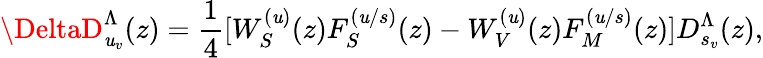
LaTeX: \DeltaD_{\mathit{u}_{v}}^{\Lambda}(z)=\frac{1}{4}[W_{S}^{(\mathit{u})}(z)F_{S}^{(\mathit{u}/s)}(z)-W_{V}^{(\mathit{u})}(z)F_{M}^{(\mathit{u}/s)}(z)]D_{s_{v}}^{\Lambda}(z),